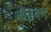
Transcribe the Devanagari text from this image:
ऑसकर